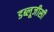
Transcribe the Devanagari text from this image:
डब्लूजीसी